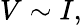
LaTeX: V\sim I,